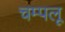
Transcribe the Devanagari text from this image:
चम्पलू